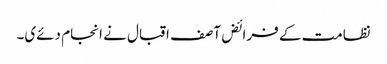
نظامت کے فرائض آصف اقبال نے انجام دئےی۔